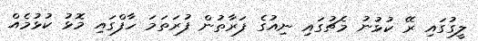
ލީގުގައި ރޭ ކުޅުނު މެޗުގައި ނިއުގެ ފަރާތުން ފުރަތަމަ ހާފްގައި މޮޅު ކުޅުމެއް